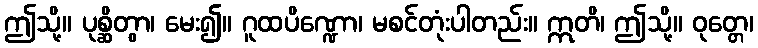
ဤသို့။ ပုစ္ဆိတွာ၊ မေး၍။ ဂူထပိဏ္ဍော၊ မစင်တုံးပါတည်း။ ဣတိ၊ ဤသို့။ ဝုတ္တေ၊